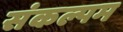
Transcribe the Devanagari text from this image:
संकल्पम